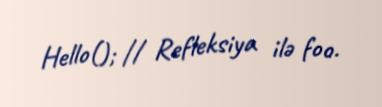
Hello(); // Refleksiya ilə foo.